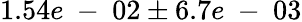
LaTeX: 1.54e\mathrm{~-~}02\pm 6.7e\mathrm{~-~}03